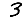
Digit: 3